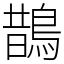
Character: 鵲